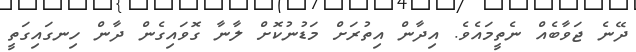
ދޭނެ ޖަވާބެއް ނެތީމައެވެ. އިދާން އިތުރަށް މަޑުނުކޮށް ލާނާ ގޮވައިގެން ދާން ހިނގައިގަތީ